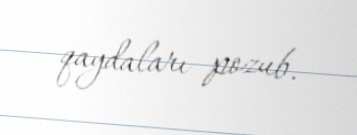
qaydaları pozub.